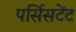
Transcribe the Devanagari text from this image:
पर्सिसटेंट